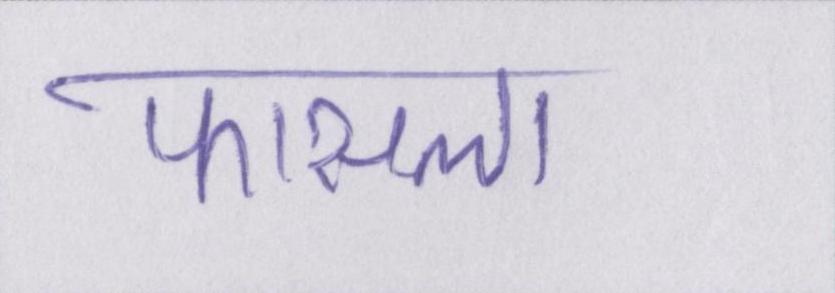
फासला